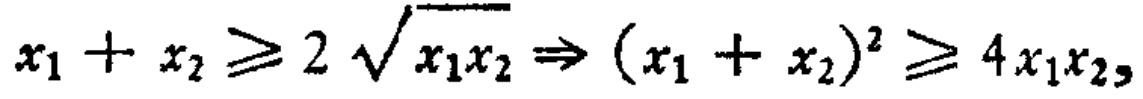
$x_{1}+x_{2}\geqslant 2\sqrt{x_{1}x_{2}}\Rightarrow (x_{1}+x_{2})^{2}\geqslant 4x_{1}x_{2}$